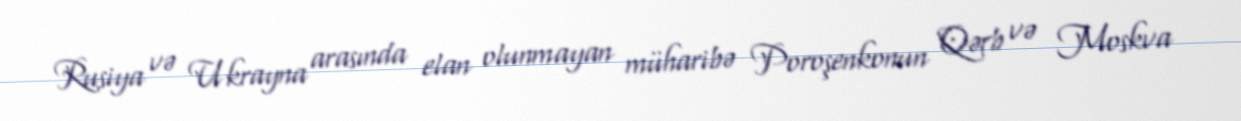
Rusiya və Ukrayna arasında elan olunmayan müharibə Poroşenkonun Qərb və Moskva